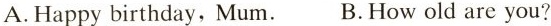
A.Happy birthday, Mum. B.How old are you?